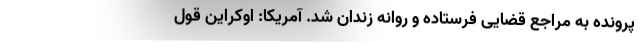
پرونده به مراجع قضایی فرستاده و روانه زندان شد. آمریکا: اوکراین قول